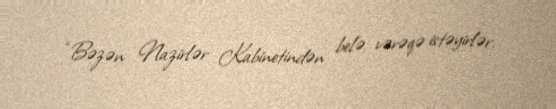
“Bəzən Nazirlər Kabinetindən belə vərəqə istəyirlər.